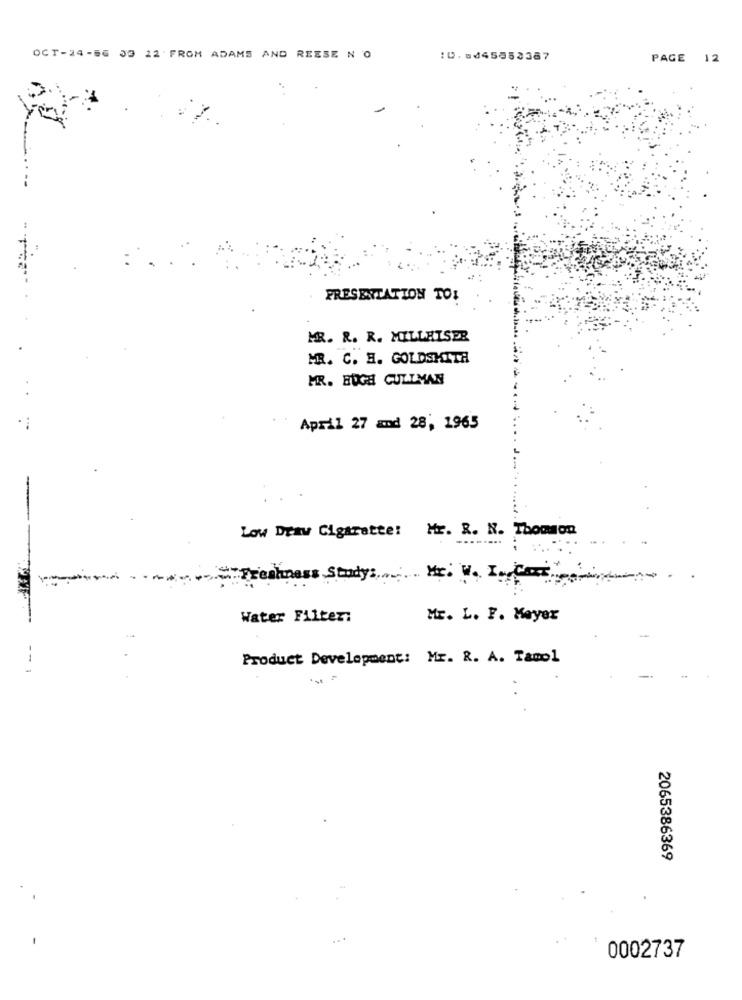
OCT-24-56 33 12 FROM ADAMS AND REESE N O
10.0445852387
PAGE 12
PRESENTATION TOI
MR. R. R. MILLEISER
MRR. C. H. GOLDSMITH
MR. BUGH CULLMAN
April 27 and 28, 1965
Low Draw Cigarette: Mr. R. N. Thomson
-
Freshness Study :. Mr. W. I. Cass
Water Filter:
Mr. L. F. Mayer
Product Development: Mr. R. A. Tamol
*s =
2065386369
0002737